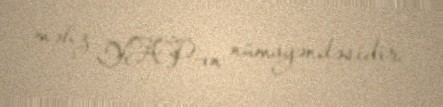
məhz YAP-ın nümayəndəsidir.